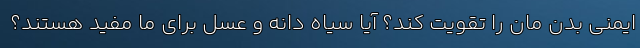
ایمنی بدن مان را تقویت کند؟ آیا سیاه دانه و عسل برای ما مفید هستند؟